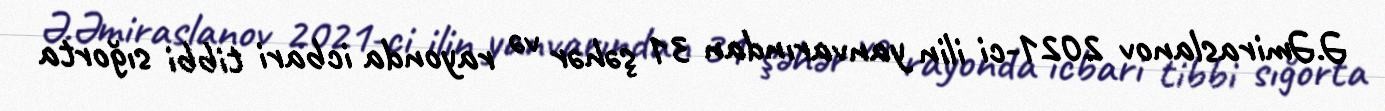
Ə.Əmiraslanov 2021-ci ilin yanvarından 31 şəhər və rayonda icbari tibbi sığorta